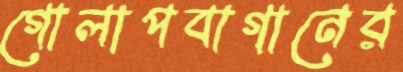
গোলাপবাগানের